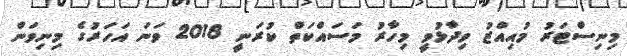
މިނިސްޓަރު މުއިއްޒު ވިދާޅުވީ މިހާރު މަސައްކަތް ކުރަނީ 2018 ވަނަ އަހަރުގެ މިނިވަން